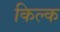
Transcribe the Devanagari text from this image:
किल्क